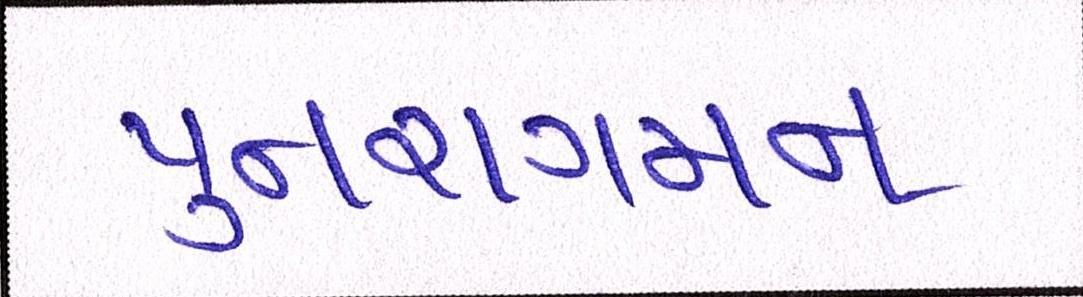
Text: પુનરાગમન